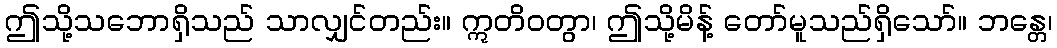
ဤသို့သဘောရှိသည် သာလျှင်တည်း။ ဣတိဝတွာ၊ ဤသို့မိန့် တော်မူသည်ရှိသော်။ ဘန္တေ၊